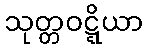
သုတ္တဝဋ္ဋိယာ